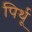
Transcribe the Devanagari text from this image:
पिर्थू